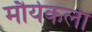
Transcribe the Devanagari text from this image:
मौर्यकला